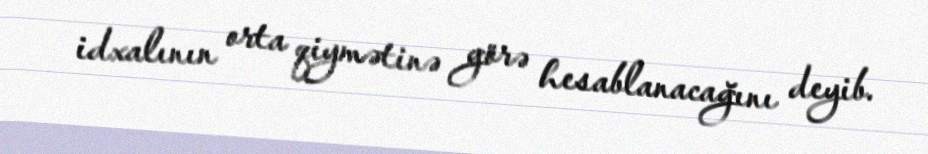
idxalının orta qiymətinə görə hesablanacağını deyib.